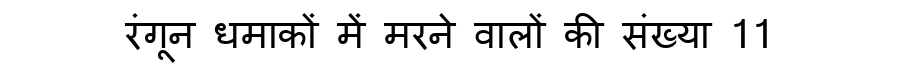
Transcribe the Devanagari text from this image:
रंगून धमाकों में मरने वालों की संख्या 11